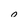
Character: 0